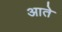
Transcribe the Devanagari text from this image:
आते